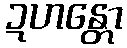
ဍဟန္တော